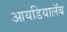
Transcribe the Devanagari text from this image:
आयडियालॅब